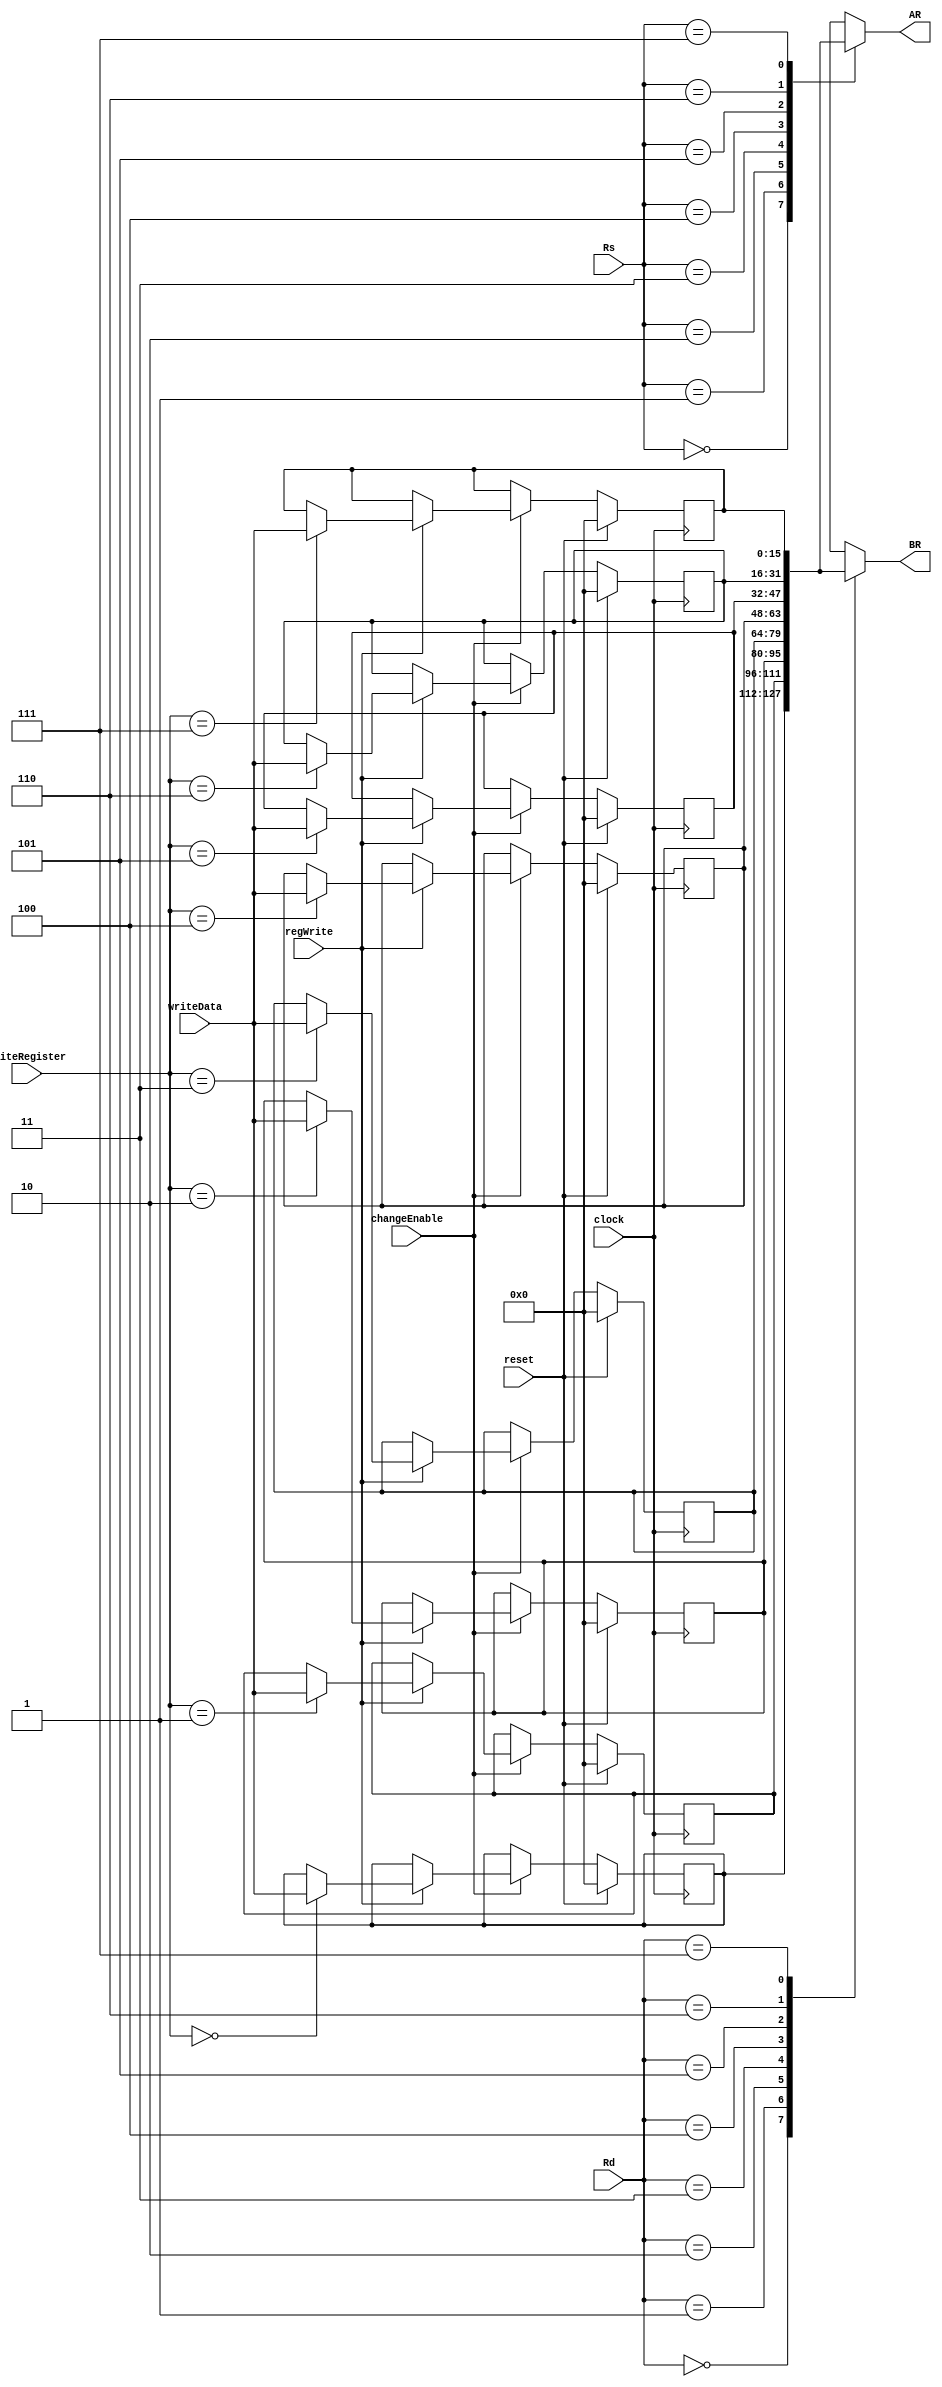
module registerFile (
	input [2:0] Rs,//AR
					Rd,//BR
	input regWrite,
	input [15:0] writeData,
	input [2:0] writeRegister,
	input clock,//p1
	input reset,
	input changeEnable,
	output [15:0] AR, BR
);


	
	reg [15:0] r [7:0];

	function [15:0] READ_REG;
	input [2:0] REG_NUM;
		begin
			case (REG_NUM)
				3'b000: READ_REG = r[0]; 
				3'b001: READ_REG = r[1];
				3'b010: READ_REG = r[2];
				3'b011: READ_REG = r[3];
				3'b100: READ_REG = r[4];
				3'b101: READ_REG = r[5];
				3'b110: READ_REG = r[6];
				3'b111: READ_REG = r[7];
			endcase
		end
	endfunction
	
	assign AR = READ_REG(Rs);
	assign BR = READ_REG(Rd);
		
	always @ (posedge clock) begin
		if (reset) begin
			r[0] <= 16'h0000; 
			r[1] <= 16'h0000;
			r[2] <= 16'h0000;
			r[3] <= 16'h0000;
			r[4] <= 16'h0000;
			r[5] <= 16'h0000;
			r[6] <= 16'h0000;
			r[7] <= 16'h0000;
		end else begin
			if(changeEnable) begin
				if(regWrite) begin
					case (writeRegister)
						3'b000: r[0] <= writeData; 
						3'b001: r[1] <= writeData;
						3'b010: r[2] <= writeData;
						3'b011: r[3] <= writeData;
						3'b100: r[4] <= writeData;
						3'b101: r[5] <= writeData;
						3'b110: r[6] <= writeData;
						3'b111: r[7] <= writeData;
					endcase
				end
			end
		end
	end
	
	
	


endmodule